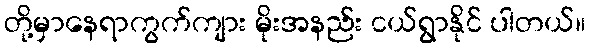
တို့မှာနေရာကွက်ကျား မိုးအနည်း ငယ်ရွာနိုင် ပါတယ်။